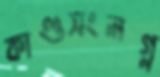
কাণ্ডসংলগ্ন